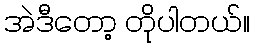
အဲဒီတော့ တိုပါတယ်။